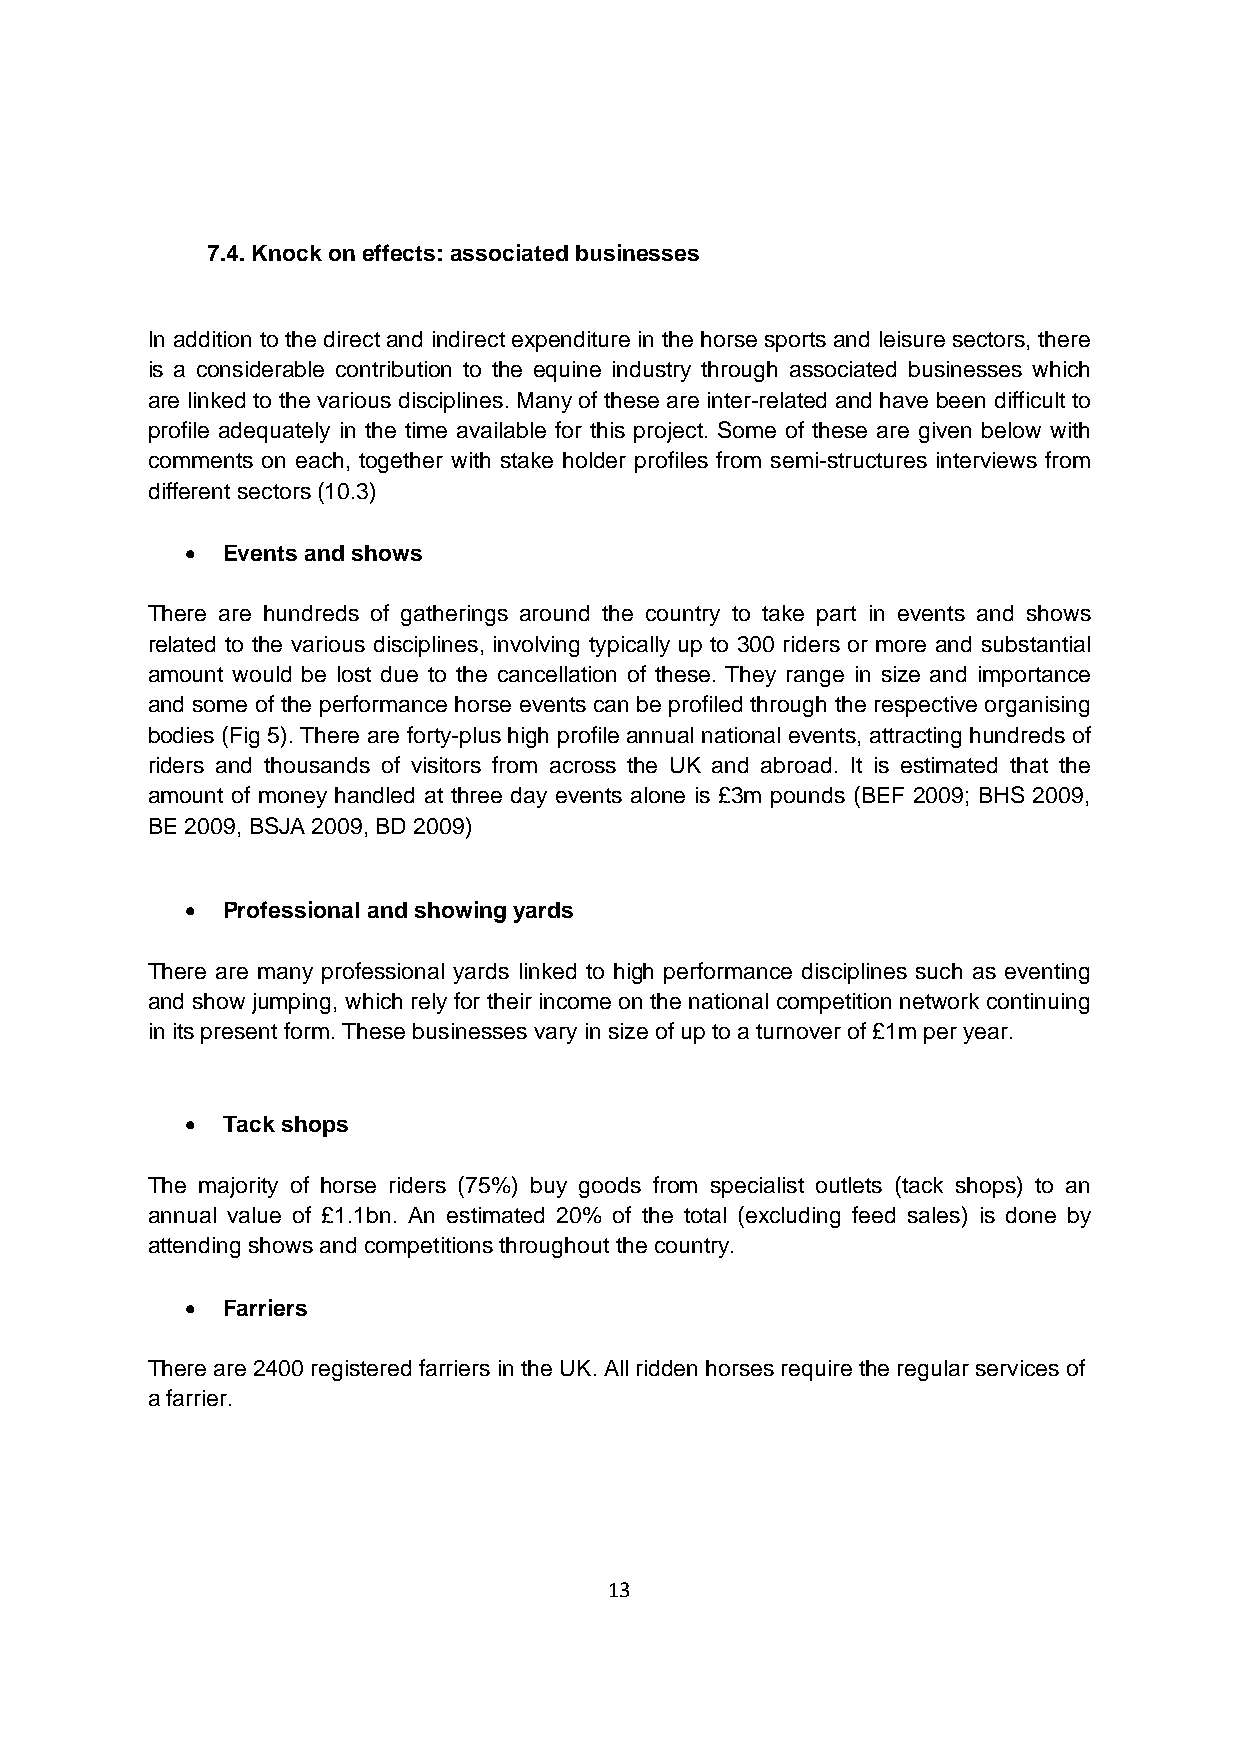
7.4. Knock on effects: associated businesses
 In addition to the direct and indirect expenditure in the horse sports and leisure sectors, there
 is a considerable contribution to the equine industry through associated businesses which
 are linked to the various disciplines. Many of these are inter-related and have been difficult to
 profile adequately in the time available for this project. Some of these are given below with
 comments on each, together with stake holder profiles from semi-structures interviews from
 different sectors (10.3)
 •  Events and shows
 There are hundreds of gatherings around the country to take part in events and shows
 related to the various disciplines, involving typically up to 300 riders or more and substantial
 amount would be lost due to the cancellation of these. They range in size and importance
 and some of the performance horse events can be profiled through the respective organising
 bodies (Fig 5). There are forty-plus high profile annual national events, attracting hundreds of
 riders and thousands of visitors from across the UK and abroad. It is estimated that the
 amount of money handled at three day events alone is £3m pounds (BEF 2009; BHS 2009,
 BE 2009, BSJA 2009, BD 2009)
 •  Professional and showing yards
 There are many professional yards linked to high performance disciplines such as eventing
 and show jumping, which rely for their income on the national competition network continuing
 in its present form. These businesses vary in size of up to a turnover of £1m per year.
 •  Tack shops
 The majority of horse riders (75%) buy goods from specialist outlets (tack shops) to an
 annual value of £1.1bn. An estimated 20% of the total (excluding feed sales) is done by
 attending shows and competitions throughout the country.
 •  Farriers
 There are 2400 registered farriers in the UK. All ridden horses require the regular services of
 a farrier.
 13